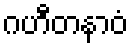
ဂဟီတနာဝံ